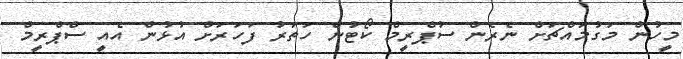
މީހުން މަގުމައްޗަށް ނެރެން ސުޕްރީމް ކޯޓުން ހަތަރު ފަހަރަށް އުޅުން އެއީ ސްޕްރީމް